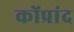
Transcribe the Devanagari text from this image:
कोंप्रांद